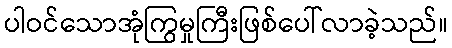
ပါဝင်သောအုံကြွမှုကြီးဖြစ်ပေါ်လာခဲ့သည်။